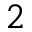
^ 2